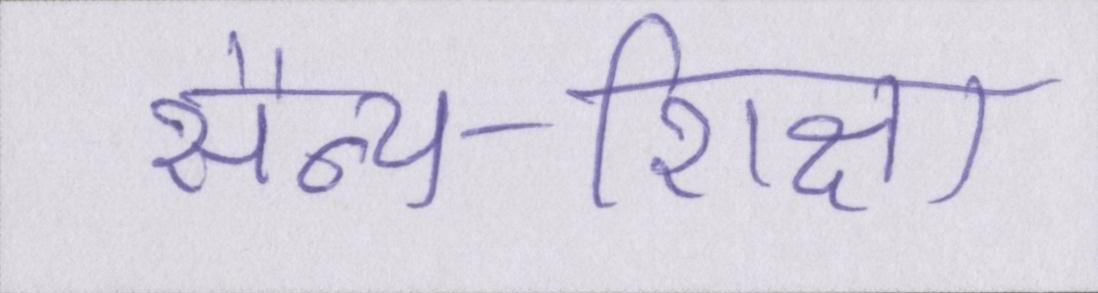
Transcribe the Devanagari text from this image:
सैन्य-शिक्षा